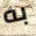
به